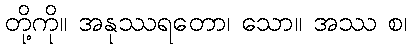
တို့ကို။ အနုဿရတော၊ သော။ အဿ စ၊